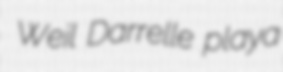
Weil Darrelle playa